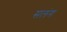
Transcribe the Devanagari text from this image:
सलंग